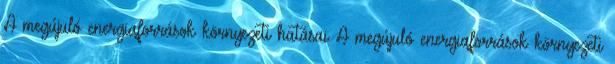
A megújuló energiaforrások környezeti hatásai A megújuló energiaforrások környezeti